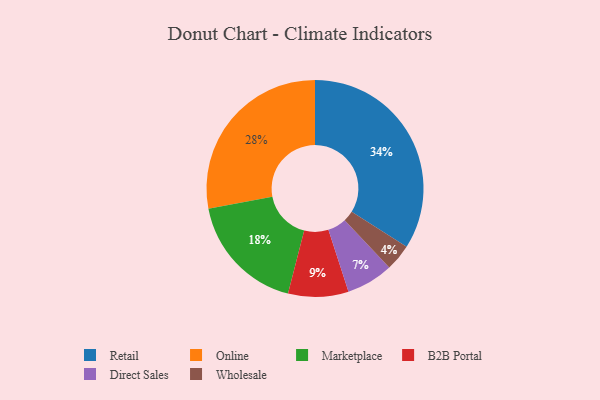
{"axis": {"x": "Category", "y": "Percentage"}, "legend": ["B2B Portal", "Direct Sales", "Marketplace", "Online", "Retail", "Wholesale"], "data": [{"x": "Wholesale", "y": 4, "type": "Wholesale"}, {"x": "Direct Sales", "y": 7, "type": "Direct Sales"}, {"x": "Marketplace", "y": 18, "type": "Marketplace"}, {"x": "B2B Portal", "y": 9, "type": "B2B Portal"}, {"x": "Online", "y": 28, "type": "Online"}, {"x": "Retail", "y": 34, "type": "Retail"}]}